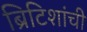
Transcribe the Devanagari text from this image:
ब्रिटिशांची